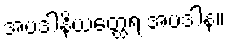
အပဒါနိယတ္ထေရ အပဒါန။